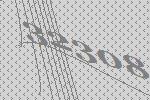
32308